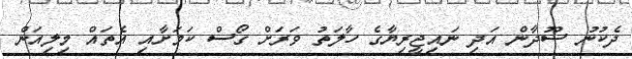
ދެކުނު ސޫދާން އަދި ނައިޖީރިޔާގެ ހާލަތު ވަރަށް ގޯސް ކަމަށާއި އެތައް މިލިއަން